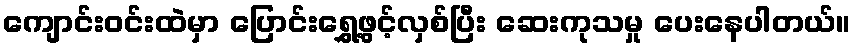
ကျောင်းဝင်းထဲမှာ ပြောင်းရွှေ့ဖွင့်လှစ်ပြီး ဆေးကုသမှု ပေးနေပါတယ်။